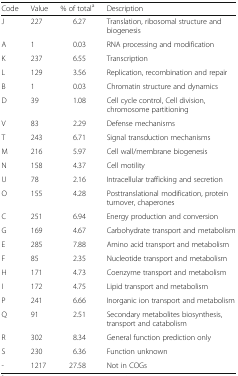
<table><thead><tr><td><b>Code</b></td><td><b>Value</b></td><td><b>% of total<sup>a</sup></b></td><td><b>Description</b></td></tr></thead><tbody><tr><td>J</td><td>227</td><td>6.27</td><td>Translation, ribosomal structure and biogenesis</td></tr><tr><td>A</td><td>1</td><td>0.03</td><td>RNA processing and modification</td></tr><tr><td>K</td><td>237</td><td>6.55</td><td>Transcription</td></tr><tr><td>L</td><td>129</td><td>3.56</td><td>Replication, recombination and repair</td></tr><tr><td>B</td><td>1</td><td>0.03</td><td>Chromatin structure and dynamics</td></tr><tr><td>D</td><td>39</td><td>1.08</td><td>Cell cycle control, Cell division, chromosome partitioning</td></tr><tr><td>V</td><td>83</td><td>2.29</td><td>Defense mechanisms</td></tr><tr><td>T</td><td>243</td><td>6.71</td><td>Signal transduction mechanisms</td></tr><tr><td>M</td><td>216</td><td>5.97</td><td>Cell wall/membrane biogenesis</td></tr><tr><td>N</td><td>158</td><td>4.37</td><td>Cell motility</td></tr><tr><td>U</td><td>78</td><td>2.16</td><td>Intracellular trafficking and secretion</td></tr><tr><td>O</td><td>155</td><td>4.28</td><td>Posttranslational modification, protein turnover, chaperones</td></tr><tr><td>C</td><td>251</td><td>6.94</td><td>Energy production and conversion</td></tr><tr><td>G</td><td>169</td><td>4.67</td><td>Carbohydrate transport and metabolism</td></tr><tr><td>E</td><td>285</td><td>7.88</td><td>Amino acid transport and metabolism</td></tr><tr><td>F</td><td>85</td><td>2.35</td><td>Nucleotide transport and metabolism</td></tr><tr><td>H</td><td>171</td><td>4.73</td><td>Coenzyme transport and metabolism</td></tr><tr><td>I</td><td>172</td><td>4.75</td><td>Lipid transport and metabolism</td></tr><tr><td>P</td><td>241</td><td>6.66</td><td>Inorganic ion transport and metabolism</td></tr><tr><td>Q</td><td>91</td><td>2.51</td><td>Secondary metabolites biosynthesis, transport and catabolism</td></tr><tr><td>R</td><td>302</td><td>8.34</td><td>General function prediction only</td></tr><tr><td>S</td><td>230</td><td>6.36</td><td>Function unknown</td></tr><tr><td>-</td><td>1217</td><td>27.58</td><td>Not in COGs</td></tr></tbody></table>